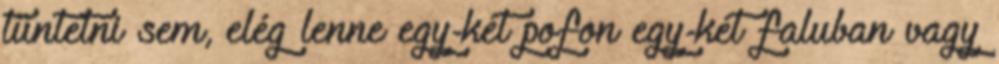
tüntetni sem, elég lenne egy-két pofon egy-két faluban vagy